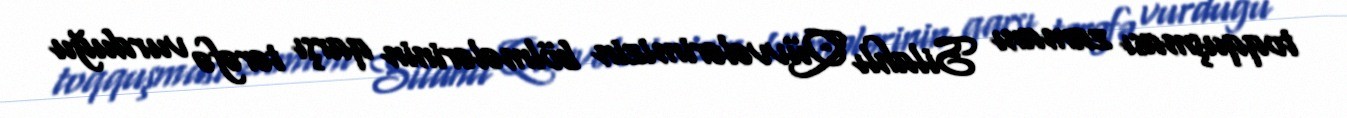
toqquşması zamanı Silahlı Qüvvələrimizin bölmələrinin qarşı tərəfə vurduğu